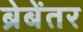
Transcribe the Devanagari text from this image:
ब्रेबेंतर